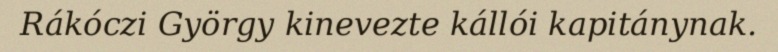
Rákóczi György kinevezte kállói kapitánynak.